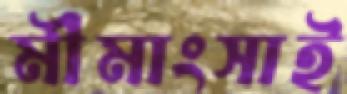
মীমাংসাই